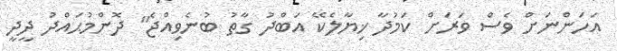
އަހަންނަށް ވެސް ވަރަށް ކަމުދާ ޚިޔާލެކޭ އަބްދު ގާތު ބުނެވިއްޖެ" ދޮންމުޙައްދު ދީދީ